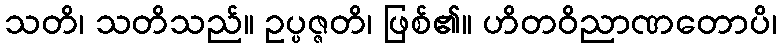
သတိ၊ သတိသည်။ ဥပ္ပဇ္ဇတိ၊ ဖြစ်၏။ ဟိတဝိညာဏတောပိ၊